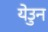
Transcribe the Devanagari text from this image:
येउुन